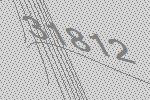
31812